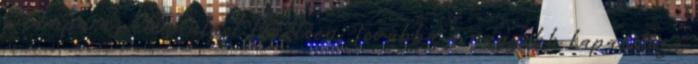
a lámpa az elindulást követõen. Továbbá a nagyobb kapacítású